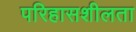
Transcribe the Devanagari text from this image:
परिहासशीलता